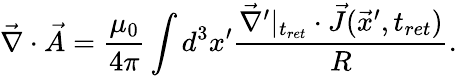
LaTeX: \vec{\nabla}\cdot\vec{A}=\frac{\mu_{0}}{4\pi}\int d^{3}x^{\prime}\frac{\vec{\nabla}^{\prime}|_{t_{ret}}\cdot\vec{J}(\vec{x}^{\prime},t_{ret})}{R}.